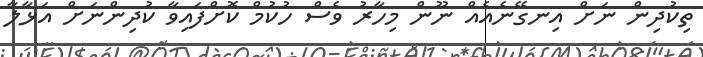
ތިކުދިން ނަށް އިނގޭނެއެއް ނޫން މިހާރު ވެސް ހުކުމް ކޮށްފައިވާ ކުދިންނަށް އަޅާލާ